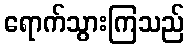
ရောက်သွားကြသည်